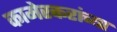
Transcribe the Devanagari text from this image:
कामेरकरांच्या